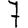
Digit: 7